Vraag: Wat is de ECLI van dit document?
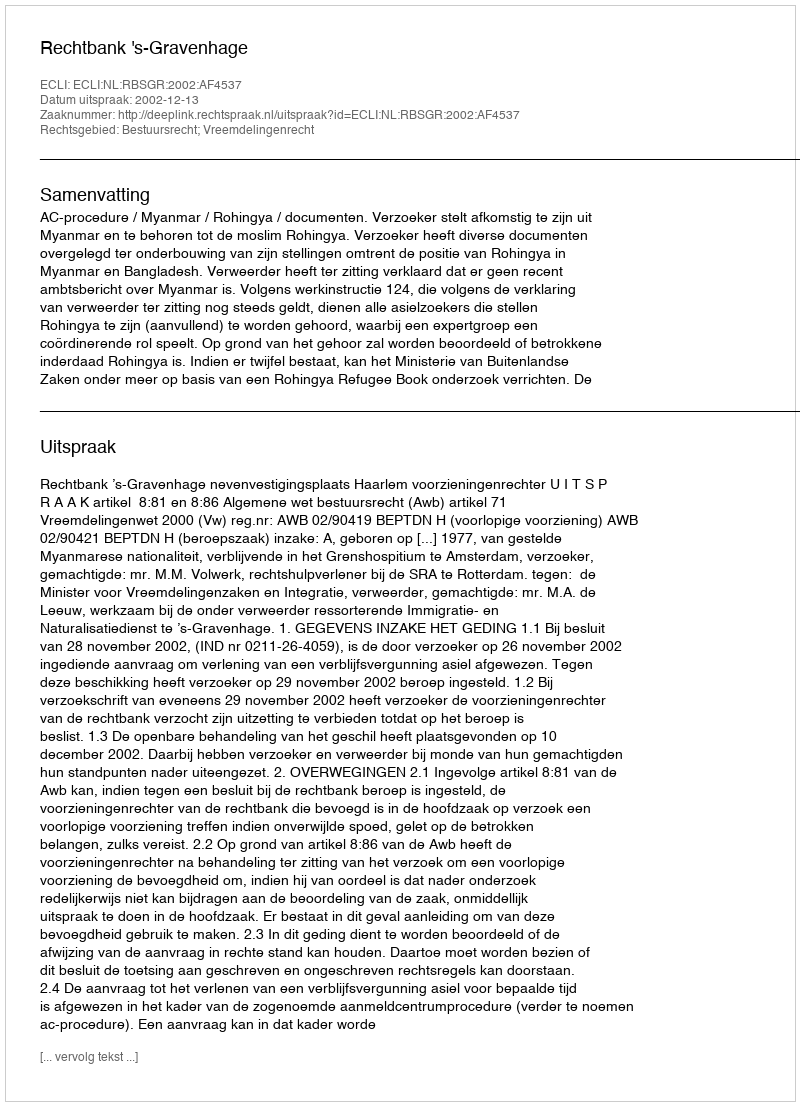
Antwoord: ECLI:NL:RBSGR:2002:AF4537